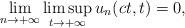
LaTeX: \begin{align*}\lim_{n\rightarrow+\infty}\limsup_{t\rightarrow+\infty}u_{n}(ct, t)=0,\end{align*}